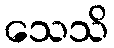
သေသိ